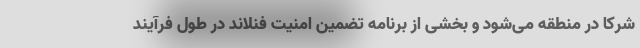
شرکا در منطقه می‌شود و بخشی از برنامه تضمین امنیت فنلاند در طول فرآیند